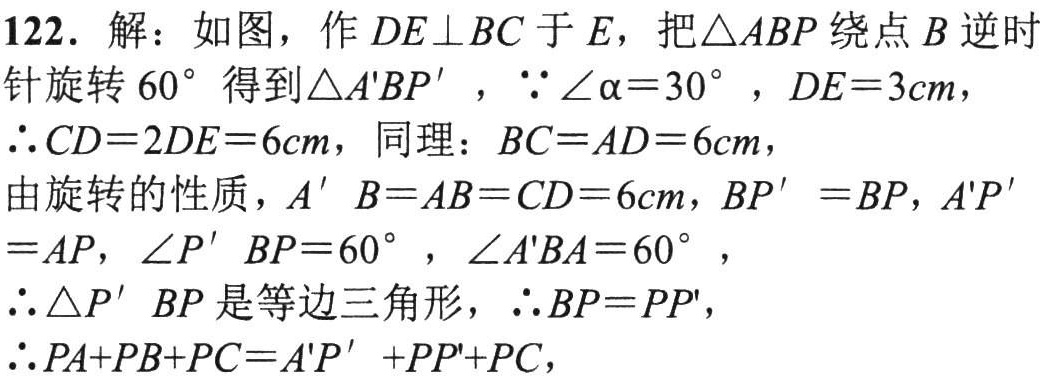
122. 解：如图，作 \(DE\perp BC\) 于 \(E\)，把 \(\triangle ABP\) 绕点 \(B\) 逆时针旋转 \(60^{\circ}\) 得到 \(\triangle A'BP'\)，\(\because\angle\alpha = 30^{\circ}\)，\(DE = 3cm\)，
\(\therefore CD = 2DE=6cm\)，同理：\(BC = AD = 6cm\)，
由旋转的性质，\(A'B = AB = CD = 6cm\)，\(BP' = BP\)，\(A'P' = AP\)，\(\angle P'BP = 60^{\circ}\)，\(\angle A'BA = 60^{\circ}\)，
\(\therefore\triangle P'BP\) 是等边三角形，\(\therefore BP = PP'\)，
\(\therefore PA + PB + PC=A'P'+PP'+PC\)，